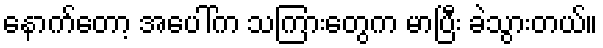
နောက်တော့ အပေါ်က သကြားတွေက မာပြီး ခဲသွားတယ်။